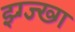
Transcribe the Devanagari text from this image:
झ्ग्ज्ख्ग